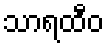
သာရထီဝ